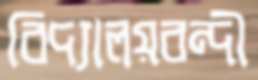
বিদ্যালয়বন্দী